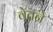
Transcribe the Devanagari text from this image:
वेतने